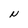
Character: N